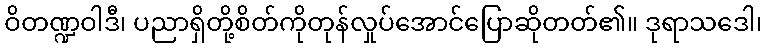
ဝိတဏ္ဍဝါဒီ၊ ပညာရှိတို့စိတ်ကိုတုန်လှုပ်အောင်ပြောဆိုတတ်၏။ ဒုရာသဒေါ၊